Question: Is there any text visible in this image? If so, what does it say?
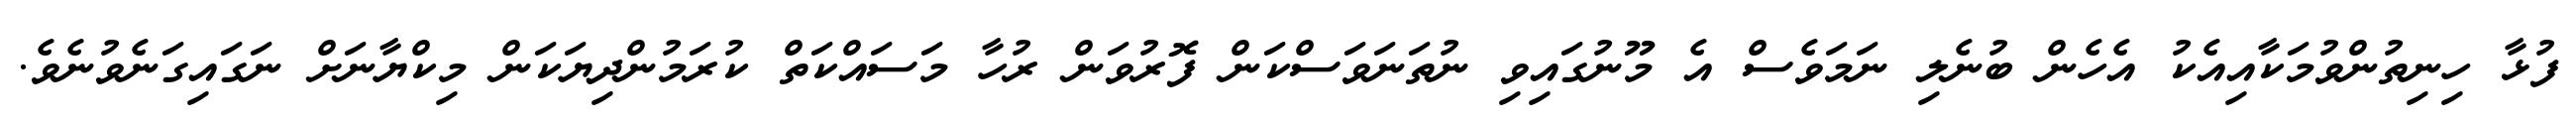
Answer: ފުޅާ ހިނިތުންވުމަކާއިއެކު އެހެން ބުނެލި ނަމަވެސް އެ މޫނުގައިވި ނުތަނަވަސްކަން ފޮރުވަން ރުހާ މަސައްކަތް ކުރަމުންދިޔަކަން މިކްޔާނަށް ނަގައިގަނެވުނެވެ.